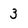
Character: 3